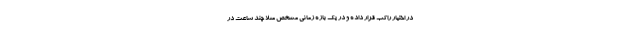
در اختیار راکب قرار داده و در یک بازه زمانی مشخص مثلا چند ساعت در